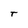
Character: T